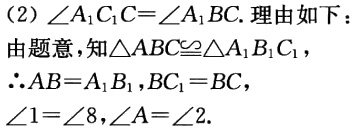
（2）$\angle A_{1}C_{1}C = \angle A_{1}BC$. 理由如下：

由题意，知$\triangle ABC\cong\triangle A_{1}B_{1}C_{1}$，

$\therefore AB = A_{1}B_{1}$，$BC_{1} = BC$，

$\angle1=\angle8$，$\angle A=\angle2$.